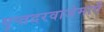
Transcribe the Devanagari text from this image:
गुप्तदरवाजेमार्गे